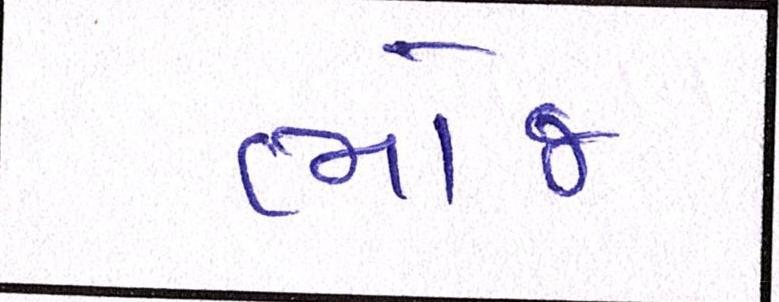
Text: ભોજ